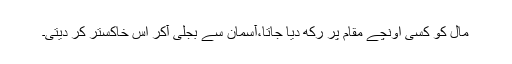
مال کو کسی اونچے مقام پر رکھ دیا جاتا،آسمان سے بجلی آکر اس خاکستر کر دیتی۔